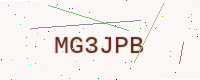
Text: MG3JPB